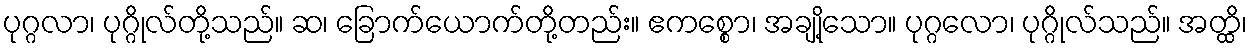
ပုဂ္ဂလာ၊ ပုဂ္ဂိုလ်တို့သည်။ ဆ၊ ခြောက်ယောက်တို့တည်း။ ဧကစ္စော၊ အချို့သော။ ပုဂ္ဂလော၊ ပုဂ္ဂိုလ်သည်။ အတ္ထိ၊